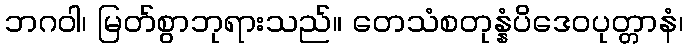
ဘဂဝါ၊ မြတ်စွာဘုရားသည်။ တေသံစတုန္နံပိဒေဝပုတ္တာနံ၊